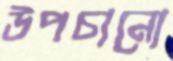
উপচানো